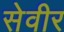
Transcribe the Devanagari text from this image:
सेवीर